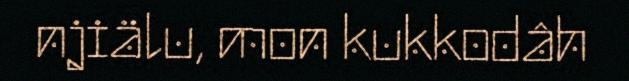
njiälu, mon kukkodâh